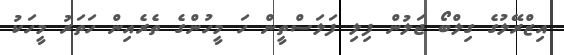
އިޒްރޭލުގެ ގިލްބޯ ޖަލުން ފިލި ފަލަސްތީން ހަ މީހުންގެ ތެރެއިން ހަތަރު މީހަކު